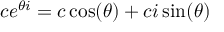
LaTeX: c e ^ { \theta i } = c \cos ( \theta ) + c i \sin ( \theta )